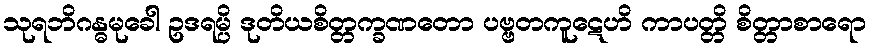
သုရဘိဂန္ဓမုခေါ ဥဒရမ္ပိ ဒုတိယစိတ္တက္ခဏတော ပဗ္ဗတကူဋေဟိ ကာပတ္တိ စိတ္တာစာရော